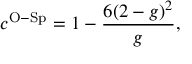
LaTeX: c ^ { \mathrm { O - S p } } = 1 - \frac { 6 ( 2 - g ) ^ { 2 } } { g } ,